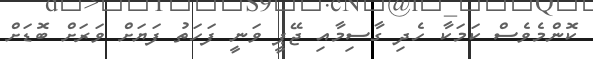
ކޮންމެވެސް ކަމަކާ ހެދި ގާސިމާއި ޖޭޕީ ވަނީ ފަހަތު ފަޔަށް ވަރަށް ބޮޑަށް